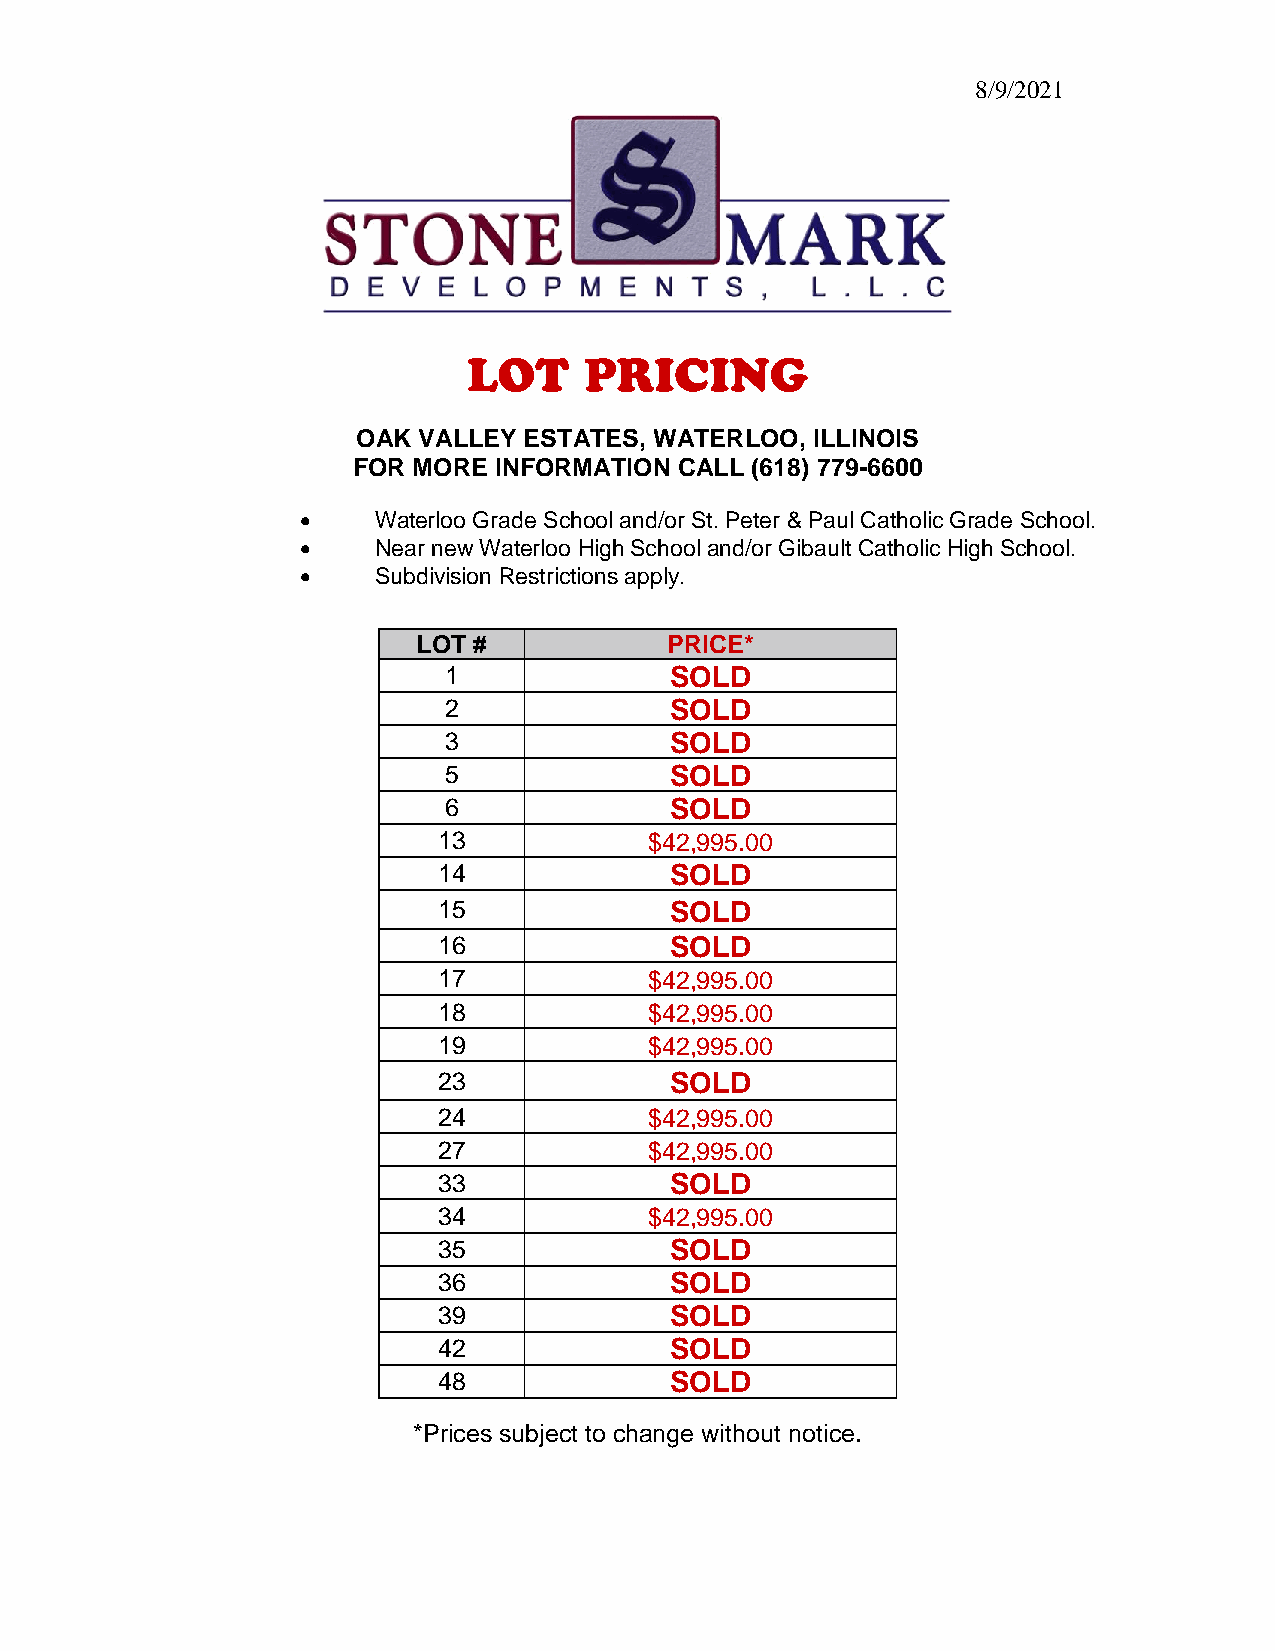
8/9/2021
 OAK VALLEY ESTATES, WATERLOO, ILLINOIS
 FOR MORE  INFORMATION CALL (618) 779-6600
     Waterloo Grade School and/or St. Peter & Paul Catholic Grade School.
     Near new Waterloo High School and/or Gibault Catholic High School.
     Subdivision Restrictions apply.
 LOT #           PRICE*
 1              SOLD
 2              SOLD
 3              SOLD
 5              SOLD
 6              SOLD
 13            $42,995.00
 14             SOLD
 15             SOLD
 16             SOLD
 17            $42,995.00
 18            $42,995.00
 19            $42,995.00
 23             SOLD
 24            $42,995.00
 27            $42,995.00
 33             SOLD
 34            $42,995.00
 35             SOLD
 36             SOLD
 39             SOLD
 42             SOLD
 48             SOLD
 *Prices subject to change without notice.